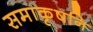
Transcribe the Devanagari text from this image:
समाकृषनि